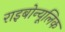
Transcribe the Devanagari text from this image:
राइबोन्यूलिक